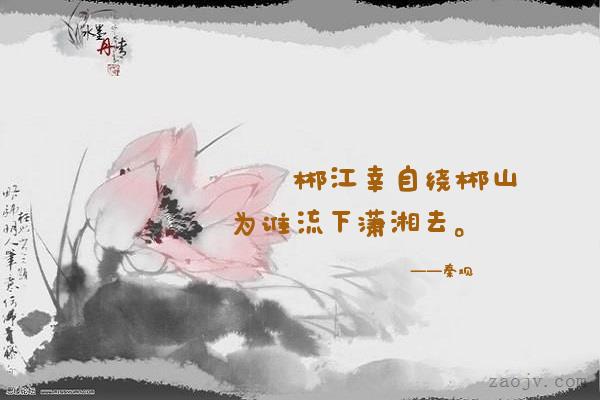
郴江幸自绕郴山，为谁流下潇湘去。